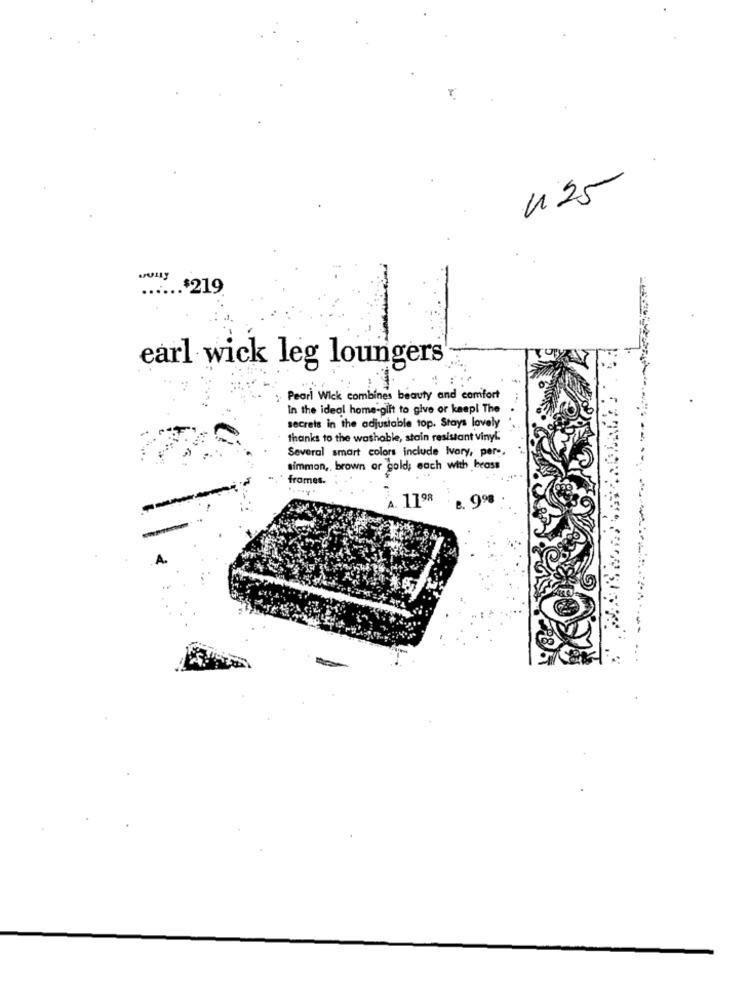
425
...... $219
earl wick leg loungers
.....
Pearl Wick combines beauty and comfort
In the ideal home-gilt to give or keep! The
secrets in the adjustable top. Stays lovely
thanks to the washable, stain resistant vinyl.
Several smart colors include Ivory, per :,
simmon ,, brown or gold; each with brass
fromes.
A. 1198
B. 998